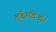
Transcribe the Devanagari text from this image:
बूंडेसवेअर